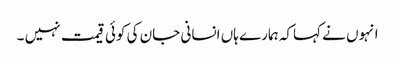
انہوں نے کہاکہ ہمارے ہاں انسانی جان کی کوئی قیمت نہیں ۔